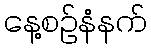
နေ့စဉ်နံနက်